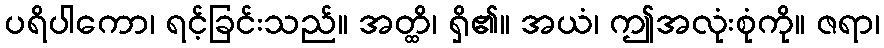
ပရိပါကော၊ ရင့်ခြင်းသည်။ အတ္ထိ၊ ရှိ၏။ အယံ၊ ဤအလုံးစုံကို။ ဇရာ၊